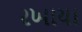
રખાયા